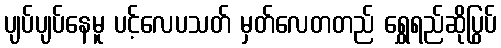
ပျပ်ပျပ်နေမူ ပင့်လေပသတ် မှတ်လေတတည် ရွှေရည်ဆိုပြွပ်